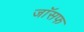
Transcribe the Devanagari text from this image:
जाॅसफ